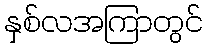
နှစ်လအကြာတွင်